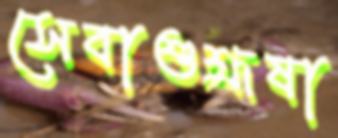
সেবাশুশ্রূষা